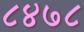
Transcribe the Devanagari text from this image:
८४७८